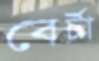
বের্টা